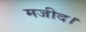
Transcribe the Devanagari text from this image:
मजीद।